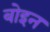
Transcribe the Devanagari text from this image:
बोइन